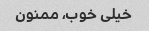
خیلی خوب، ممنون